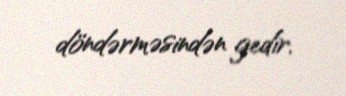
döndərməsindən gedir.